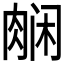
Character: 𬚿